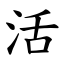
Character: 活